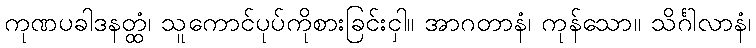
ကုဏပခါဒနတ္ထံ၊ သူကောင်ပုပ်ကိုစားခြင်းငှါ။ အာဂတာနံ၊ ကုန်သော။ သိင်္ဂါလာနံ၊